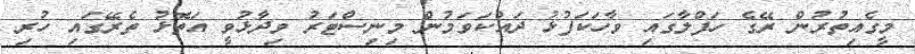
މީގެއިތުރުން ރޭގެ ހަފްލާގައި ވާހަކަފުޅު ދައްކަވަމުން މިނިސްޓަރު ވިދާޅުވީ އަތޮޅު ތެރޭގައި ހުރި